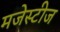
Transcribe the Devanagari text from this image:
मजेस्टीज